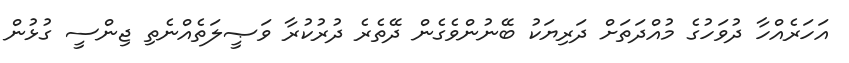
އަހަރެއްހާ ދުވަހުގެ މުއްދަތަށް ދަރިޔަކު ބޭނުންވެގެން ދޭތެރެ ދުރުކުރާ ވަޞީލަތެއްނެތި ޖިންސީ ގުޅުން